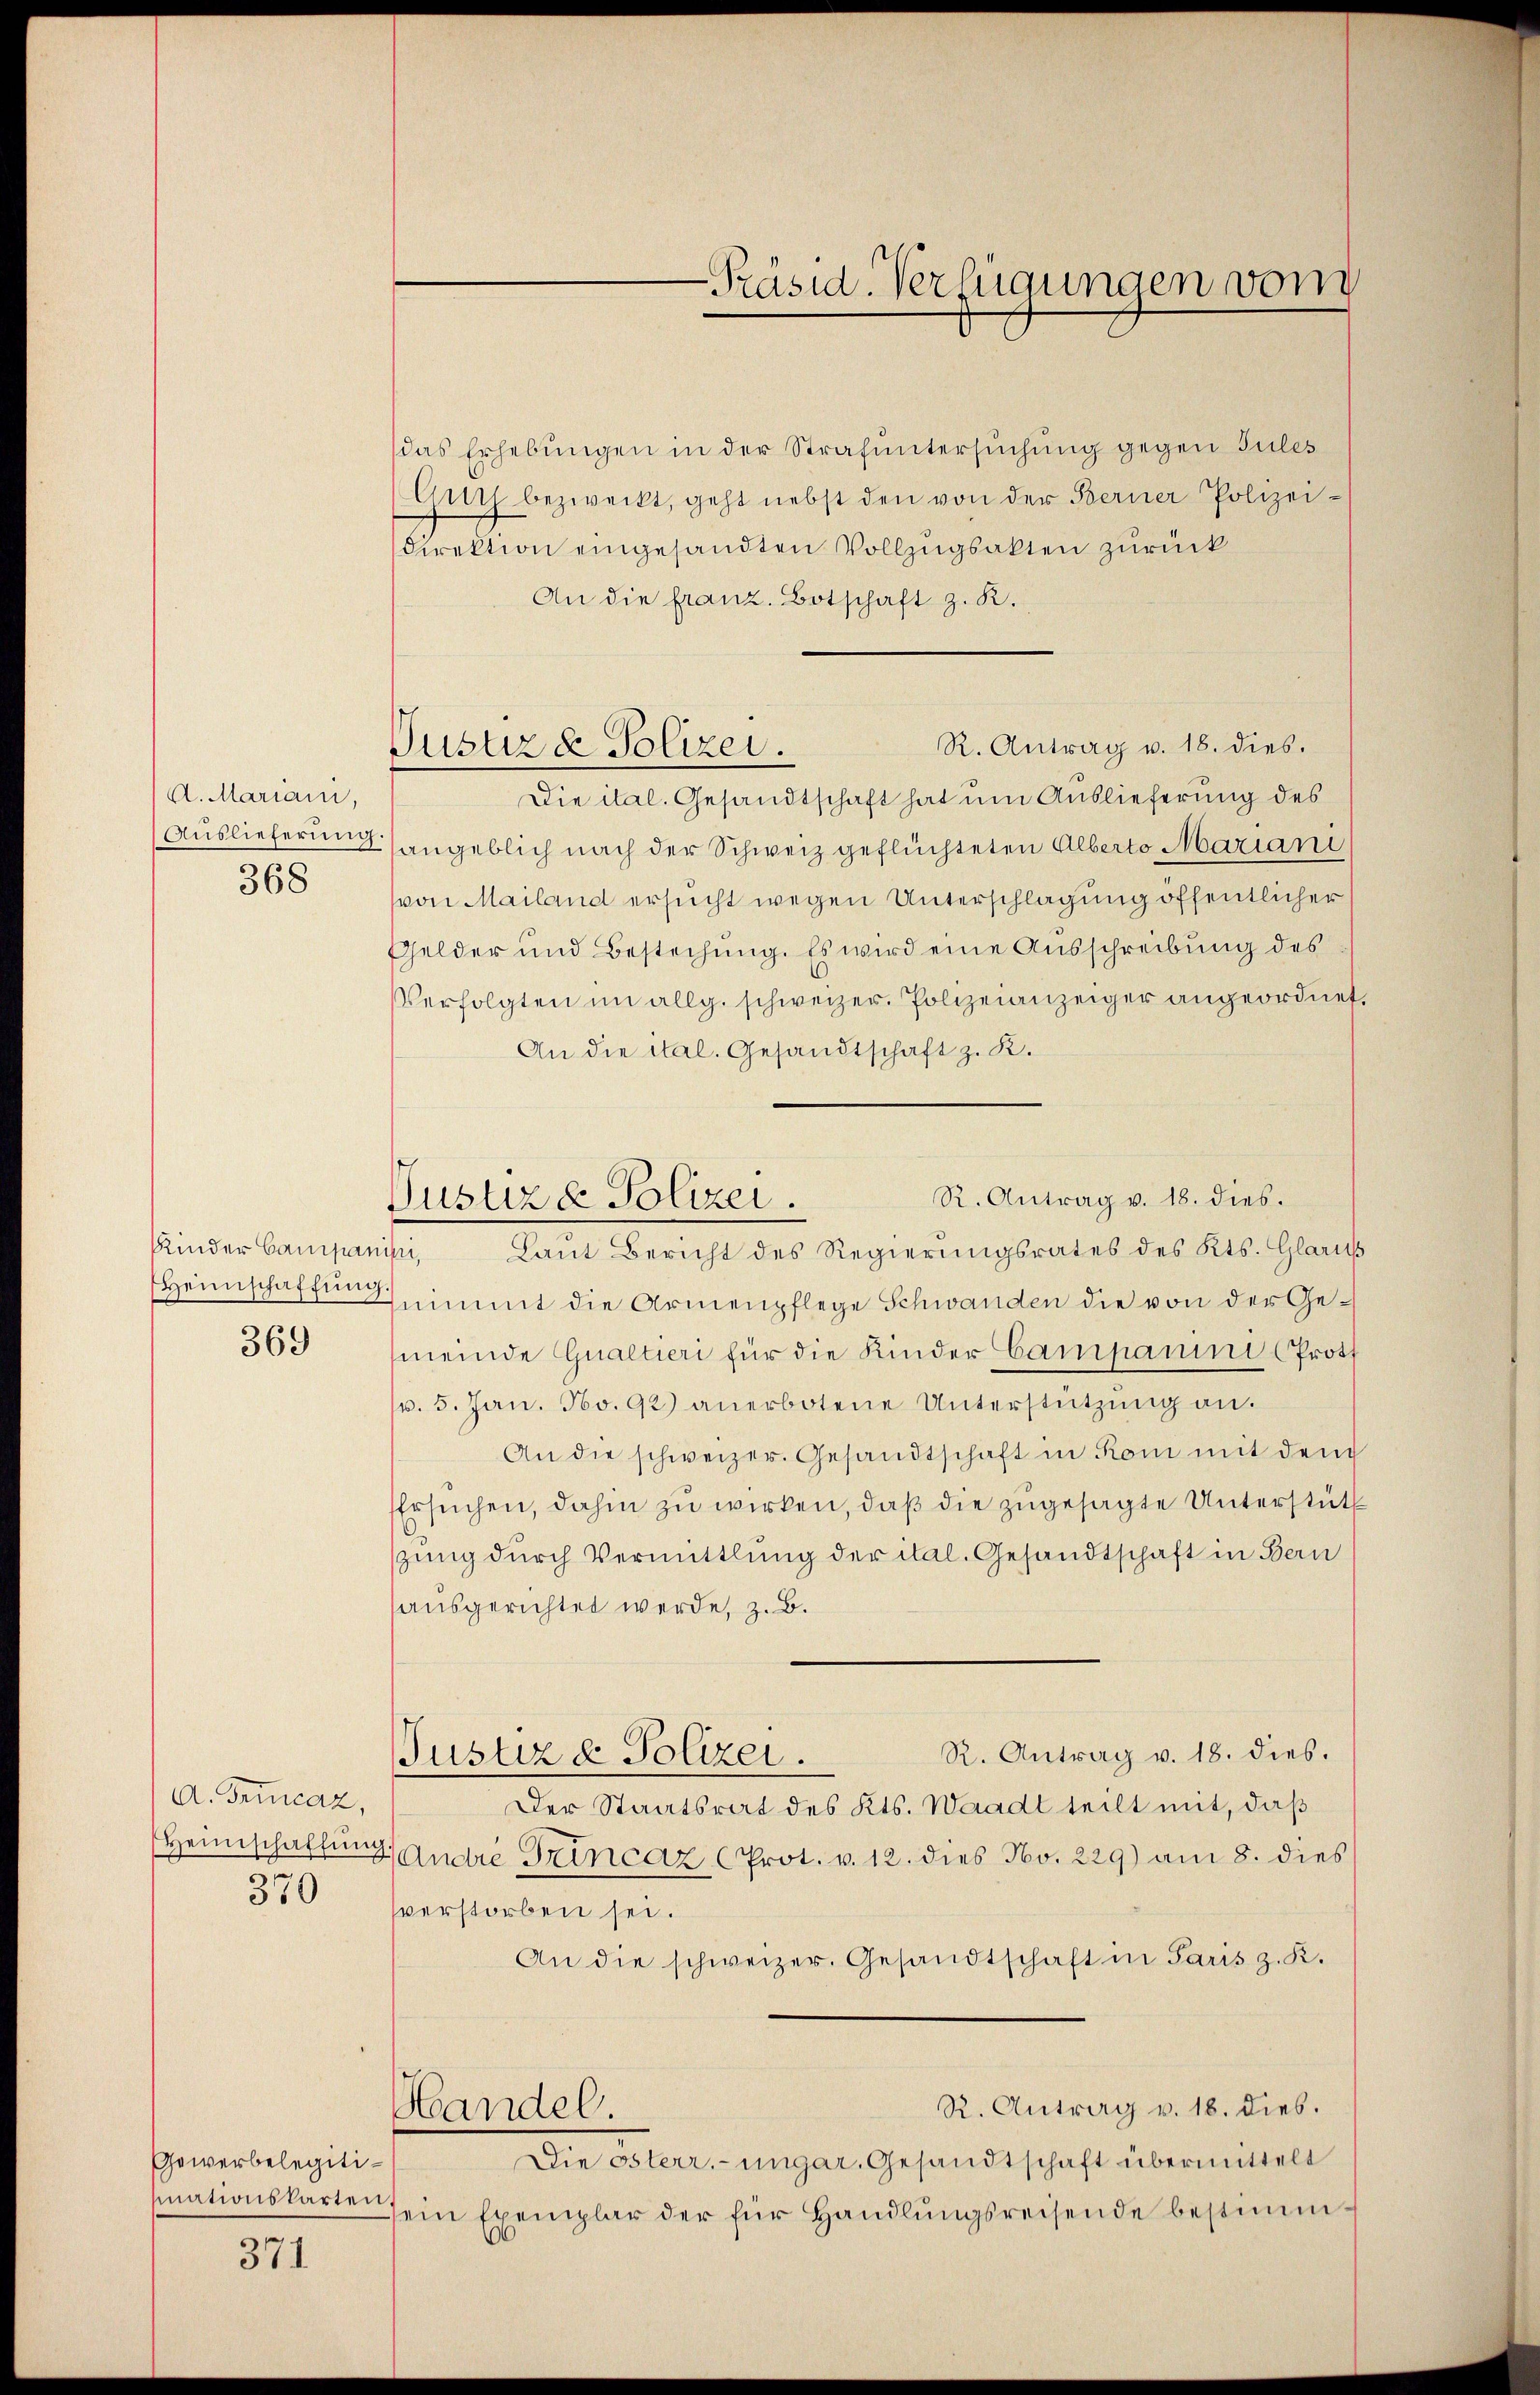
A. Mariani,
368

Kinder Campanisi,

369

A. Trincaz,
370

Gewerbelegitimnationskarten.

371

Justizde Polizei.

-Präsid. Verfügungen vom

das Erhebungen in der Strafuntersuchung gegen Jules
Guth bezweckt, geht nebst den von der Berner Polizei-
direktion eingesandten Vollzŭgsakten zurück
An die franz. Botschaft z. R.
R. Antrag v. 18. dies.
Die ital. Gesandtschaft hat um Auslieferung des
Auslieferung angeblich nach der Schweiz geflüchteten Alberto Mariani
von Mailand ersucht wegen Unterschlagung öffentlicher
Gelder und Bestechung. Es wird eine Ausschreibung des
Verfolgten im allg. schweizer. Polizeianzeiger angeordnet
An die ital. Gesandtschaft z. K.
Laut Bericht des Regierungsrates des Kts. Glarus
Heimschaften nimmt die Armenpflege Schwanden die von der Gemeinde Qualtieri für die Kinder Campanini Proth
v. 5. Jan. No. 92) anerbotene Unterstützŭng an.
An die schweizer. Gesandtschaft in Rom mit dem
Ersuchen, dahin zu wirken, daß die zugesagte Unterstütz
zung durch Vermittlung der ital. Gesandtschaft in Bern
ausgerichtet werde, z. B.
R. Antrag v. 18. dies.
Justiz & Polizei.
Der Staatsrat des Kts. Waadt teilt mit, daß
Heimschaftung. Andre Trincaz, (Prot. v. 12. dies No. 229) am 8. dies
verstorben sei.
An die schweizer. Gesandtschaft in Paris z. K.
R. Antrag v. 18. dies.
Handel.
Die Osterr.-ungar. Gesandtschaft übermittelt
ein Exemplar der für Handlŭngsreisende bestimm¬

R. Antrag v. 18. dies.
Justizd Polizei.